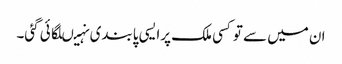
ان میں سے توکسی ملک پرایسی پابندی نہیںلگائی گئی۔